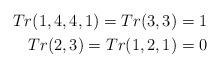
LaTeX: \begin{align*}Tr(1,4,4,1) = Tr(3,3) = 1\\ Tr(2,3) = Tr(1,2,1) = 0\end{align*}